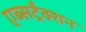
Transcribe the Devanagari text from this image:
एब्सट्रैक्शन